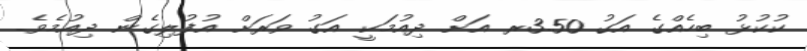
ކުކުޅު ބިހެއްގެ އަގު 3.50ރ އަށް ދިއުމަކީ އަގު ވަރަށް އުފުލިގެން ދިއުމެވެ.